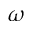
\omega